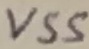
Text: VSS